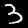
Digit: 3